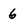
Character: 6